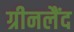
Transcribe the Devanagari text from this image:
ग्रीनलैंद